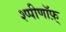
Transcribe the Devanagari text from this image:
श्प्पीणॉफ़्